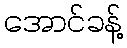
အောင်ခန့်